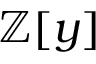
\mathbb { Z } [ y ]